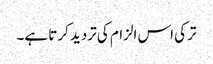
ترکی اس الزام کی تردید کرتا ہے۔